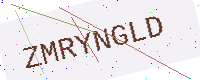
Text: ZMRYNGLD